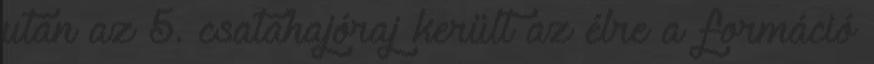
után az 5. csatahajóraj került az élre a formáció